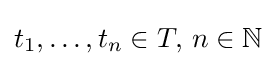
t_{1},\ldots ,t_{n}\in T,\,n\in \mathbb {N}